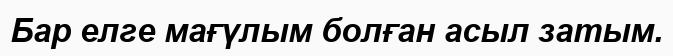
Бар елге мағүлым болған асыл затым.